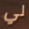
لي